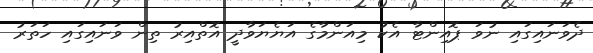
ދެވަނައިގައި ނުވަ ޕޮއިންޓާ އެކު މިއަންމާގެ އަޔެޔަވާދީ އޮތްއިރު ތިން ވަނައިގައި ހަތަރު